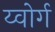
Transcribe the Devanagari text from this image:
य्वोर्ग